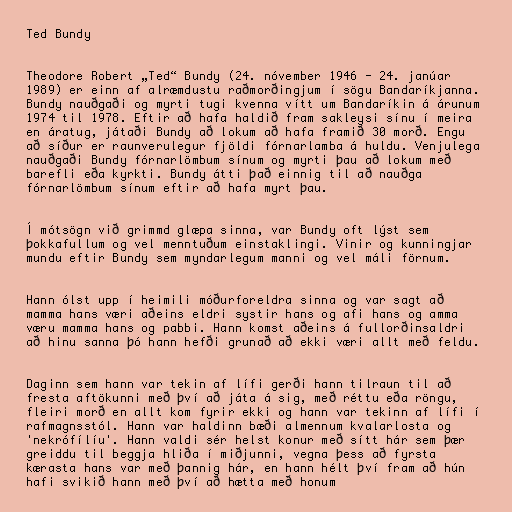
Ted Bundy

Theodore Robert „Ted“ Bundy (24. nóvember 1946 - 24. janúar
1989) er einn af alræmdustu raðmorðingjum í sögu Bandaríkjanna.
Bundy nauðgaði og myrti tugi kvenna vítt um Bandaríkin á árunum
1974 til 1978. Eftir að hafa haldið fram sakleysi sínu í meira
en áratug, játaði Bundy að lokum að hafa framið 30 morð. Engu
að síður er raunverulegur fjöldi fórnarlamba á huldu. Venjulega
nauðgaði Bundy fórnarlömbum sínum og myrti þau að lokum með
barefli eða kyrkti. Bundy átti það einnig til að nauðga
fórnarlömbum sínum eftir að hafa myrt þau.

Í mótsögn við grimmd glæpa sinna, var Bundy oft lýst sem
þokkafullum og vel menntuðum einstaklingi. Vinir og kunningjar
mundu eftir Bundy sem myndarlegum manni og vel máli förnum.

Hann ólst upp í heimili móðurforeldra sinna og var sagt að
mamma hans væri aðeins eldri systir hans og afi hans og amma
væru mamma hans og pabbi. Hann komst aðeins á fullorðinsaldri
að hinu sanna þó hann hefði grunað að ekki væri allt með feldu.

Daginn sem hann var tekin af lífi gerði hann tilraun til að
fresta aftökunni með því að játa á sig, með réttu eða röngu,
fleiri morð en allt kom fyrir ekki og hann var tekinn af lífi í
rafmagnsstól. Hann var haldinn bæði almennum kvalarlosta og
'nekrófílíu'. Hann valdi sér helst konur með sítt hár sem þær
greiddu til beggja hliða í miðjunni, vegna þess að fyrsta
kærasta hans var með þannig hár, en hann hélt því fram að hún
hafi svikið hann með því að hætta með honum